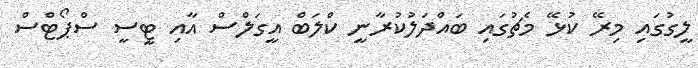
ލީގުގައި މިރޭ ކުޅޭ މެޗުގައި ބައްދަލުުކުރާނީ ކްލަބް އީގަލްސް އާއި ޓީސީ ސްޕޯޓްސް